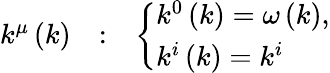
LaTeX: \begin{array}{ccc}{{k^{\mu}\left(k\right)}}&{{:}}&{{\left\{ \begin{array}{l}{{k^{0}\left(k\right)=\omega\left(k\right),}}\\ {{k^{i}\left(k\right)=k^{i}}}\end{array}\right.}}\end{array}